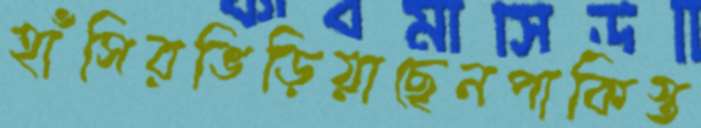
হাঁসিরভিড়িয়াছেনপাকিস্ত